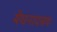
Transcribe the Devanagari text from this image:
मेघनादबध